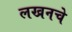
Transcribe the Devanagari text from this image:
लखनचे